Indian journal of veterinary science and animal husbandry - Volumes 28-29, 1958-1959
Year: 1958
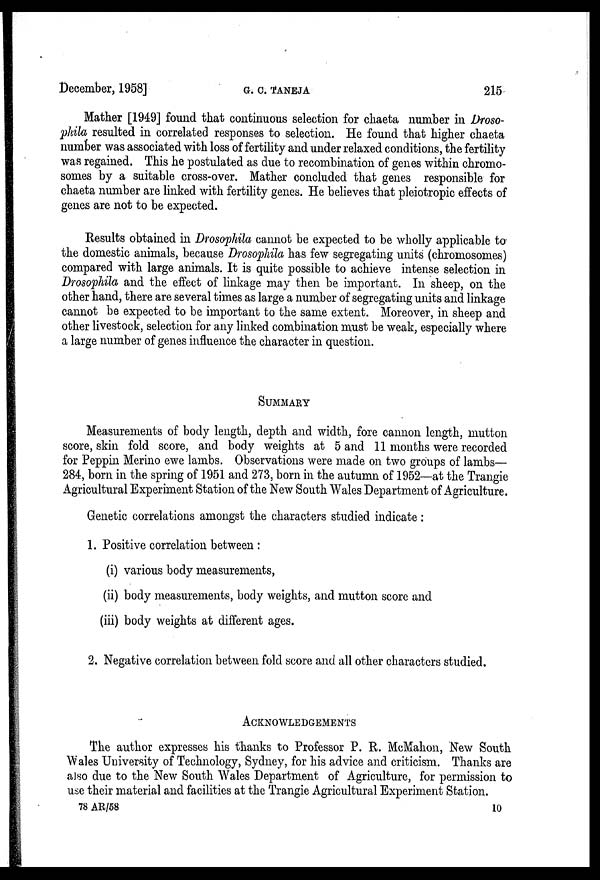
December, 1958]
G.
C.
TANEJA
215
Mather [1949] found that continuous selection for chaeta number in Droso-
phila resulted in correlated responses to selection. He found that higher chaeta
number was associated with loss of fertility and under relaxed conditions, the fertility
was regained. This he postulated as due to recombination of genes within chromo-
somes by a suitable cross-over. Mather concluded that genes responsible for
chaeta number are linked with fertility genes. He believes that pleiotropic effects of
genes are not to be expected.
Results obtained in Drosophila cannot be expected to be wholly applicable to
the domestic animals, because Drosophila has few segregating units (chromosomes)
compared with large animals. It is quite possible to achieve intense selection in
Drosophila and the effect of linkage may then be important. In sheep, on the
other hand, there are several times as large a number of segregating units and linkage
cannot be expected to be important to the same extent. Moreover, in sheep and
other livestock, selection for any linked combination must be weak, especially where
a large number of genes influence the character in question.
SUMMARY
Measurements of body length, depth and width, fore cannon length, mutton
score, skin fold score, and body weights at 5 and 11 months were recorded
for Peppin Merino ewe lambs. Observations were made on two groups of lambs—
284, born in the spring of 1951 and 273, born in the autumn of 1952—at the Trangie
Agricultural Experiment Station of the New South Wales Department of Agriculture.
Genetic correlations amongst the characters studied indicate:
1. Positive correlation between :
(i) various body measurements,
(ii) body measurements, body weights, and mutton score and
(iii) body weights at different ages.
2. Negative correlation between fold score and all other characters studied.
ACKNOWLEDGEMENTS
The author expresses his thanks to Professor P. R. McMahon, New South
Wales University of Technology, Sydney, for his advice and criticism. Thanks are
also due to the New South Wales Department of Agriculture, for permission to
use their material and facilities at the Trangie Agricultural Experiment Station.
78 AR/58
10